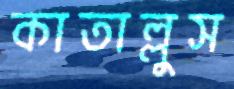
কাতাল্লুস